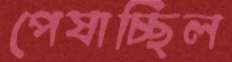
পেষাচ্ছিল